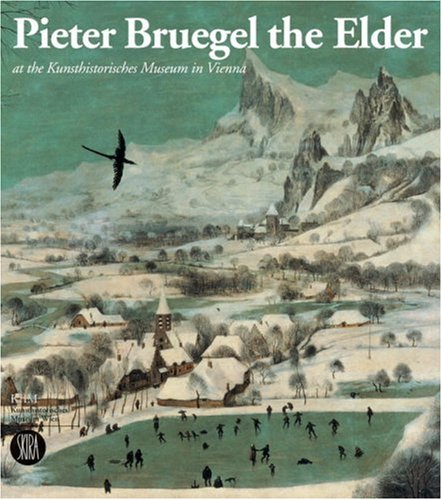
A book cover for Pieter Bruegel The Elder; Wilfried Seipel; Travel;